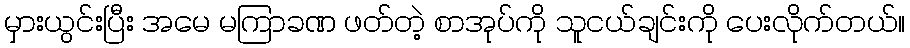
မှားယွင်းပြီး အမေ မကြာခဏ ဖတ်တဲ့ စာအုပ်ကို သူငယ်ချင်းကို ပေးလိုက်တယ်။